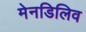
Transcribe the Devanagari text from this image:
मेनडिलिव